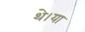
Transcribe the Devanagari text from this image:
थे।या